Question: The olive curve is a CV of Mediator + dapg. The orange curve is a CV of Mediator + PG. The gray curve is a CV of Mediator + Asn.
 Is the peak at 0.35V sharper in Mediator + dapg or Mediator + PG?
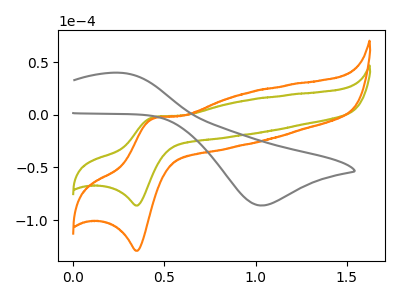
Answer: <think>The olive curve "Mediator + dapg" has an anodic peak at (0.45V, -2.10uA) and a cathodic peak at (0.35V, -86.15uA). The orange curve "Mediator + PG" has an anodic peak at (0.45V, -3.10uA) and a cathodic peak at (0.35V, -129.10uA). The gray curve "Mediator + Asn" has an anodic peak at (0.25V, 39.95uA) and a cathodic peak at (1.05V, -86.10uA).</think>
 <answer>The peak at 0.35V is lower in "Mediator + dapg" than in "Mediator + PG".</answer>
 <eval>lower</eval>